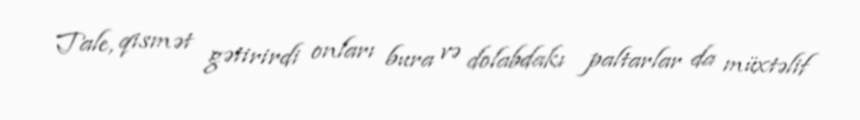
Tale, qismət gətirirdi onları bura və dolabdakı paltarlar da müxtəlif